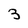
Character: 3